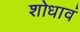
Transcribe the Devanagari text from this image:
शोधावं